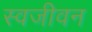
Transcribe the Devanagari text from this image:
स्वजीवन